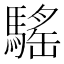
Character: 𩥣